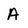
Character: A